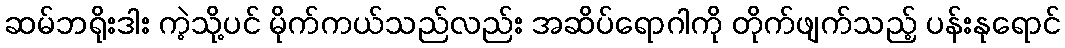
ဆမ်ဘရိုးဒါး ကဲ့သို့ပင် မိုက်ကယ်သည်လည်း အဆိပ်ရောဂါကို တိုက်ဖျက်သည့် ပန်းနုရောင်